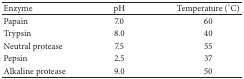
<table><thead><tr><td><b>Enzyme</b></td><td><b>pH</b></td><td><b>Temperature (°C)</b></td></tr></thead><tbody><tr><td>Papain</td><td>7.0</td><td>60</td></tr><tr><td>Trypsin</td><td>8.0</td><td>40</td></tr><tr><td>Neutral protease</td><td>7.5</td><td>55</td></tr><tr><td>Pepsin</td><td>2.5</td><td>37</td></tr><tr><td>Alkaline protease</td><td>9.0</td><td>50</td></tr></tbody></table>